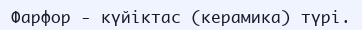
Фарфор - күйіктас (керамика) түрі.